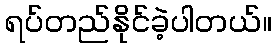
ရပ်တည်နိုင်ခဲ့ပါတယ်။